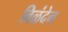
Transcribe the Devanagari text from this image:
विळंदेन